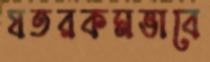
যতরকমভাবে